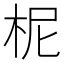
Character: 柅